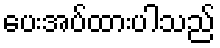
ပေးအပ်ထားပါသည်